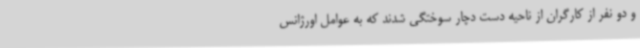
و دو نفر از کارگران از ناحیه دست دچار سوختگی شدند که به عوامل اورژانس